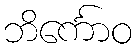
ဘိင်္ကောဝ